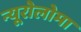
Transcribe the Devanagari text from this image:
न्यूरोलोमा